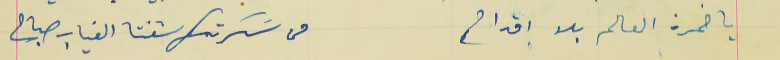
يا خمرة العالم بلا اقداح                                          من سَكرتك شفتا الغياب صباح